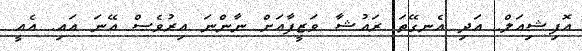
އޮފިޝިއަލް. އަދި އެނގޭތަ ރައުޝާ ވަޒީފާއަށް ނާންނަ އިރުވެސް އޭނަ އައި. އެއީ